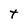
Character: T